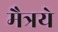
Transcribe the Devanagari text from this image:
मैत्रये